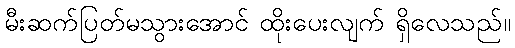
မီးဆက်ပြတ်မသွားအောင် ထိုးပေးလျက် ရှိလေသည်။